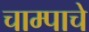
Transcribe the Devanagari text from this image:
चाम्पाचे